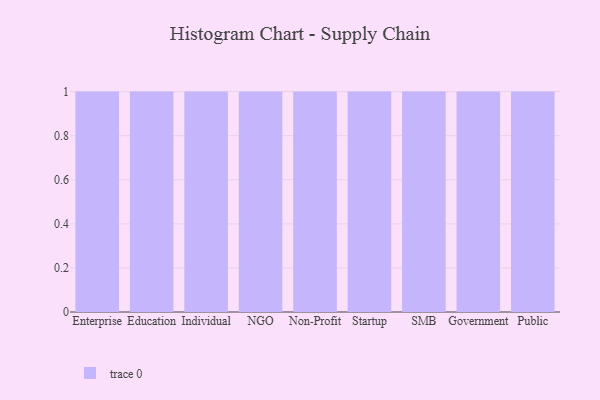
{"axis": {"x": "Segment", "y": "Tickets Resolved"}, "legend": [""], "data": [{"x": "Enterprise", "y": 88, "type": ""}, {"x": "Education", "y": 93, "type": ""}, {"x": "Individual", "y": 8, "type": ""}, {"x": "NGO", "y": 38, "type": ""}, {"x": "Non-Profit", "y": 40, "type": ""}, {"x": "Startup", "y": 93, "type": ""}, {"x": "SMB", "y": 59, "type": ""}, {"x": "Government", "y": 74, "type": ""}, {"x": "Public", "y": 52, "type": ""}]}